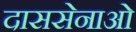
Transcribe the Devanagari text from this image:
दाससेनाओं